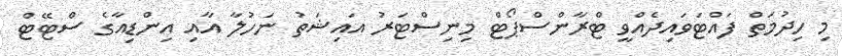
މި ހިދުމަތް ފައްޓަވައިދެއްވީ ޓްރާންސްޕޯޓް މިނިސްޓަރު އައިޝަތު ނަހުލާ އާއި އިންޑިއާގެ ސްޓޭޓް